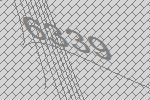
6339